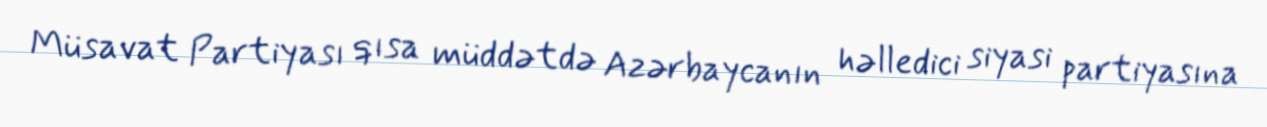
Müsavat Partiyası qısa müddətdə Azərbaycanın həlledici siyasi partiyasına